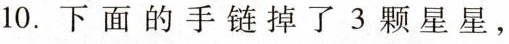
10. 下面的手链掉了 3 颗星星，